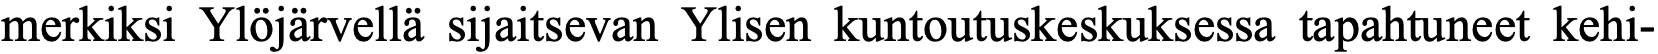
merkiksi Ylöjärvellä sijaitsevan Ylisen kuntoutuskeskuksessa tapahtuneet kehi-